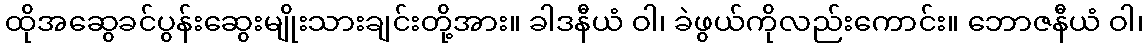
ထိုအဆွေခင်ပွန်းဆွေးမျိုးသားချင်းတို့အား။ ခါဒနီယံ ဝါ၊ ခဲဖွယ်ကိုလည်းကောင်း။ ဘောဇနီယံ ဝါ၊